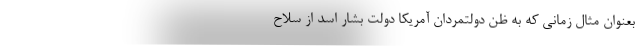
بعنوان مثال زمانی که به ظن دولتمردان آمریکا دولت بشار اسد از سلاح